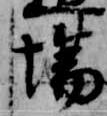
場